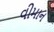
વીમાન